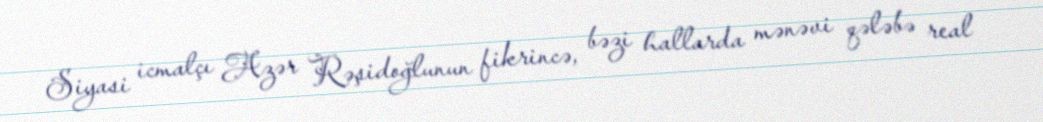
Siyasi icmalçı Azər Rəşidoğlunun fikrincə, bəzi hallarda mənəvi qələbə real